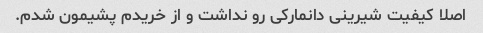
اصلا کیفیت شیرینی دانمارکی رو نداشت و از خریدم پشیمون شدم.